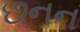
છનન